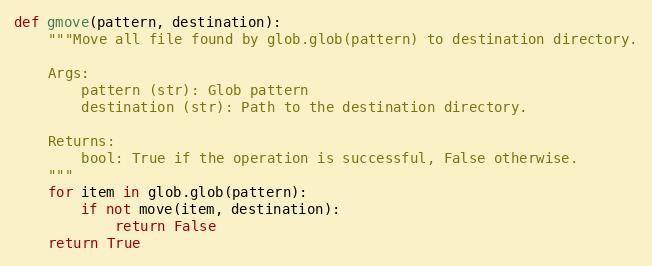
Language: Python
def gmove(pattern, destination):
    """Move all file found by glob.glob(pattern) to destination directory.

    Args:
        pattern (str): Glob pattern
        destination (str): Path to the destination directory.

    Returns:
        bool: True if the operation is successful, False otherwise.
    """
    for item in glob.glob(pattern):
        if not move(item, destination):
            return False
    return True